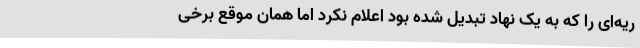
ریه‌ای را که به یک نهاد تبدیل شده بود اعلام نکرد اما همان موقع برخی